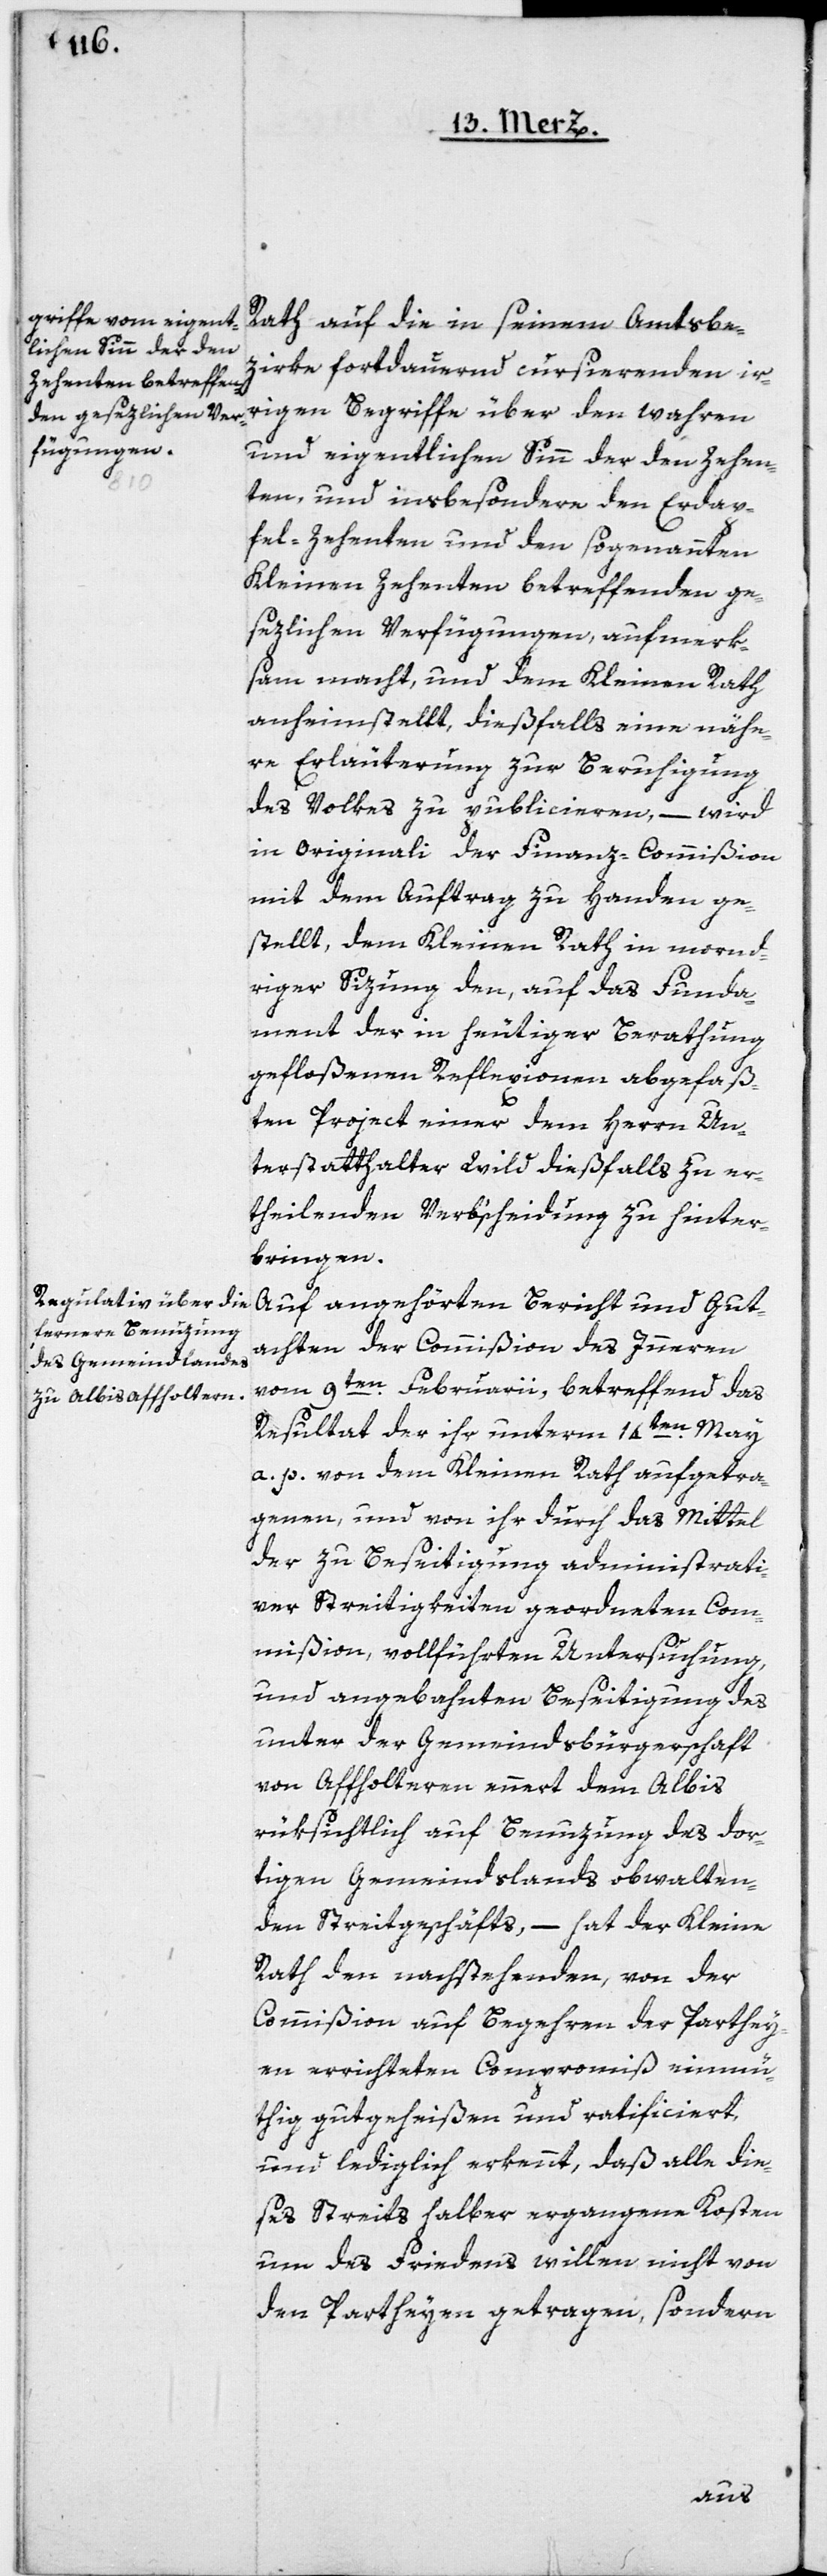
Rath auf die in seinem Amtsbe¬
zirke fortdauernd cursierenden ir¬
rigen Begriffe über den wahren
und eigentlichen Sinn der den Zehen¬
ten, und insbesondere den Erdap¬
fel-Zehenten und den sogenannten
Kleinen Zehenten betreffenden ge¬
sezlichen Verfügungen, aufmerk¬
sam macht, und dem Kleinen Rath
anheimstellt, dießfalls eine nähe¬
re Erläuterung zur Beruhigung
des Volkes zu publicieren, – wird
in Originali der Finanz-Commißion
mit dem Auftrag zu Handen ge¬
stellt, dem Kleinen Rath in mornd¬
riger Sizung den, auf das Funda¬
ment der in heutiger Berathung
gefloßenen Reflexionen abgefaß¬
ten Project einer dem Herrn Un¬
terstatthalter Wild dießfalls zu er¬
theilenden Verbscheidung zu hinter¬
bringen.
Auf angehörten Bericht und Gut¬
achten der Commißion des Innern
vom 9ten Februarii, betreffend das
Resultat der ihr unterm 14ten Mai
a. p. von dem Kleinen Rath aufgetra¬
genen, und von ihr durch das Mittel
der zu Beseitigung administrati¬
ver Streitigkeiten geordneten Com¬
mißion, vollführten Untersuchung,
und angebahnten Beseitigung des
unter der Gemeindsbürgerschaft
von Affoltern, ennert dem Albis,
rüksichtlich auf Benuzung des dor¬
tigen Gemeindslands obwalten¬
den Streitgeschäfts, – hat der Kleine
Rath den nachstehenden, von der
Commißion auf Begehren der Parthey¬
en errichteten Compromiß einmü¬
thig gutgeheißen und ratificiert,
und lediglich erkennt, daß alle die¬
ses Streits halber ergangene Kosten
um des Friedens willen nicht von
den Partheyen getragen, sondern